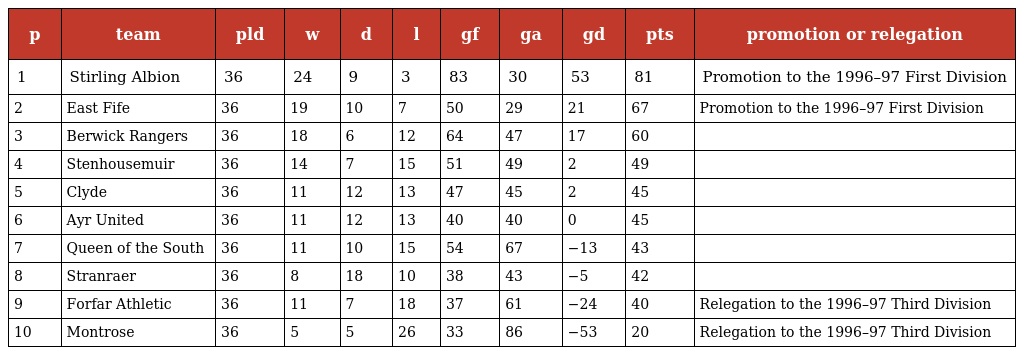
| p | team | pld | w | d | l | gf | ga | gd | pts | promotion or relegation |
 | --- | --- | --- | --- | --- | --- | --- | --- | --- | --- | --- |
 | 1 | Stirling Albion | 36 | 24 | 9 | 3 | 83 | 30 | 53 | 81 | Promotion to the 1996–97 First Division |
 | 2 | East Fife | 36 | 19 | 10 | 7 | 50 | 29 | 21 | 67 | Promotion to the 1996–97 First Division |
 | 3 | Berwick Rangers | 36 | 18 | 6 | 12 | 64 | 47 | 17 | 60 |  |
 | 4 | Stenhousemuir | 36 | 14 | 7 | 15 | 51 | 49 | 2 | 49 |  |
 | 5 | Clyde | 36 | 11 | 12 | 13 | 47 | 45 | 2 | 45 |  |
 | 6 | Ayr United | 36 | 11 | 12 | 13 | 40 | 40 | 0 | 45 |  |
 | 7 | Queen of the South | 36 | 11 | 10 | 15 | 54 | 67 | −13 | 43 |  |
 | 8 | Stranraer | 36 | 8 | 18 | 10 | 38 | 43 | −5 | 42 |  |
 | 9 | Forfar Athletic | 36 | 11 | 7 | 18 | 37 | 61 | −24 | 40 | Relegation to the 1996–97 Third Division |
 | 10 | Montrose | 36 | 5 | 5 | 26 | 33 | 86 | −53 | 20 | Relegation to the 1996–97 Third Division |